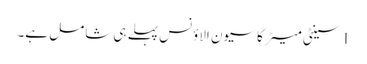
1 سینٹی میٹر کا سیون الاؤنس پہلے ہی شامل ہے۔